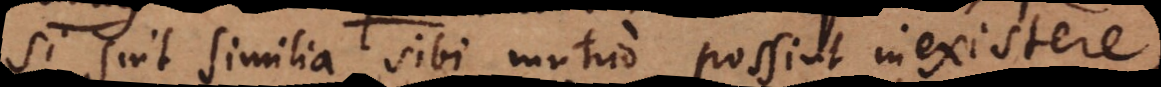
si sint similia sibi mutuo possint inexistere,